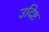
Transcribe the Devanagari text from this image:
उदिष्ट